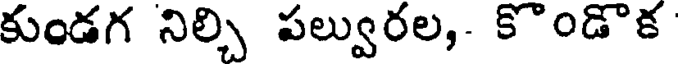
కుండగ నిల్చి పల్వురల,- కొండొక